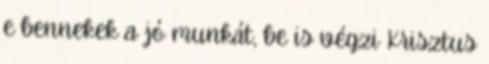
e bennekek a jó munkát, be is végzi Krisztus